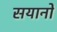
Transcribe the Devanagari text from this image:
सयानों